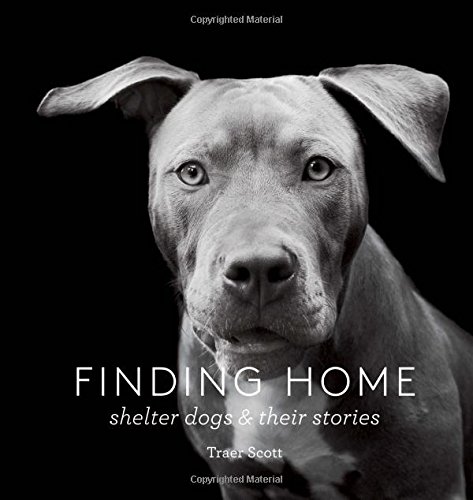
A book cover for Finding Home: Shelter Dogs and Their Stories; Traer Scott; Crafts, Hobbies & Home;